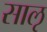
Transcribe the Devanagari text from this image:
साऌ